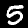
Label: 5